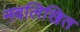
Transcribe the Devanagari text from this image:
नवलिखित